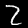
Digit: 2